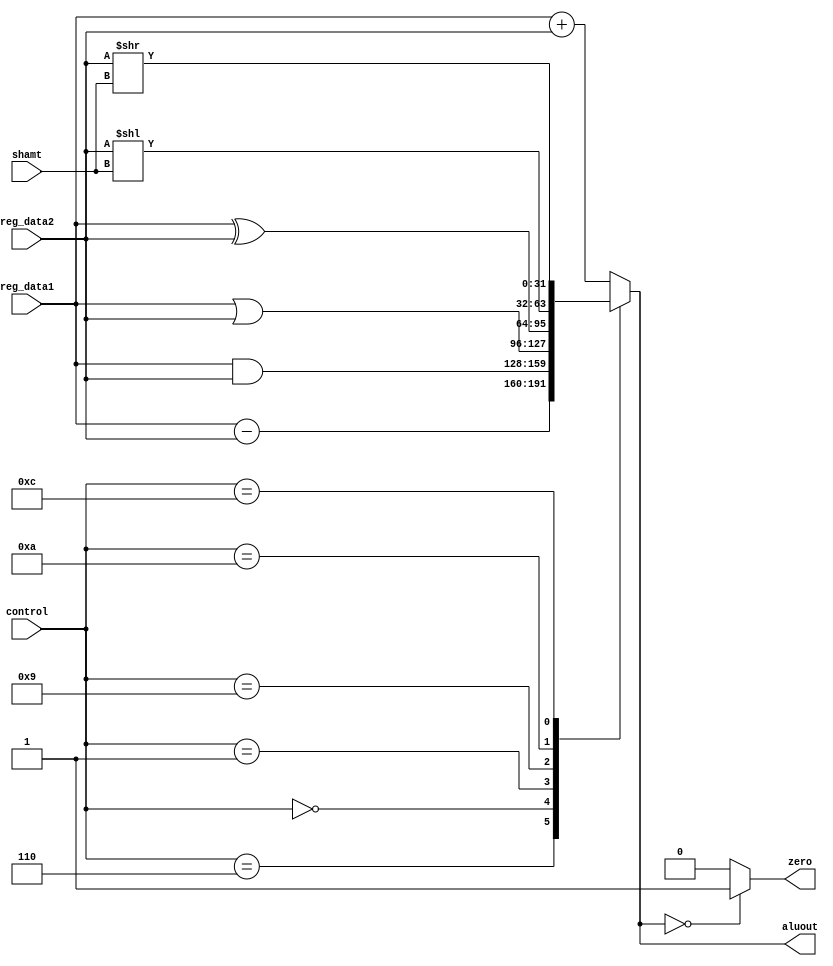
module alu_mips(reg_data1, reg_data2,shamt, control, aluout, zero);
input [31:0] reg_data1,reg_data2;
input [4:0] shamt;
input [3:0] control;
output reg [31:0] aluout;
output zero;

always@(control, reg_data1, reg_data2)
begin
	case(control)
		4'b0010: aluout=reg_data1+reg_data2;
		4'b0110: aluout=reg_data1-reg_data2;
		4'b0000: aluout=reg_data1&reg_data2;
		4'b0001: aluout=reg_data1|reg_data2;
		4'b1001: aluout=reg_data1^reg_data2;
		4'b1010: aluout=reg_data2<<shamt;
		4'b1100: aluout=reg_data2>>shamt;
		default: aluout=reg_data1+reg_data2;
	endcase
end

assign zero=aluout==0?1:0;

endmodule